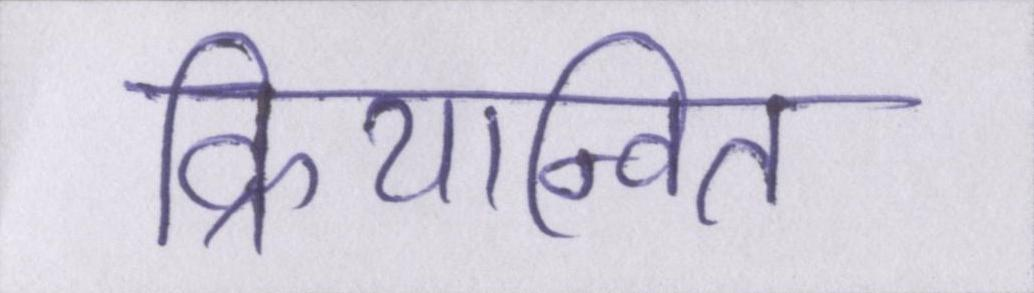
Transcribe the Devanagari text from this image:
क्रियान्वित